Report of the Indian Hemp Drugs Commission, 1894-1895 - Volume VI
Year: 1894
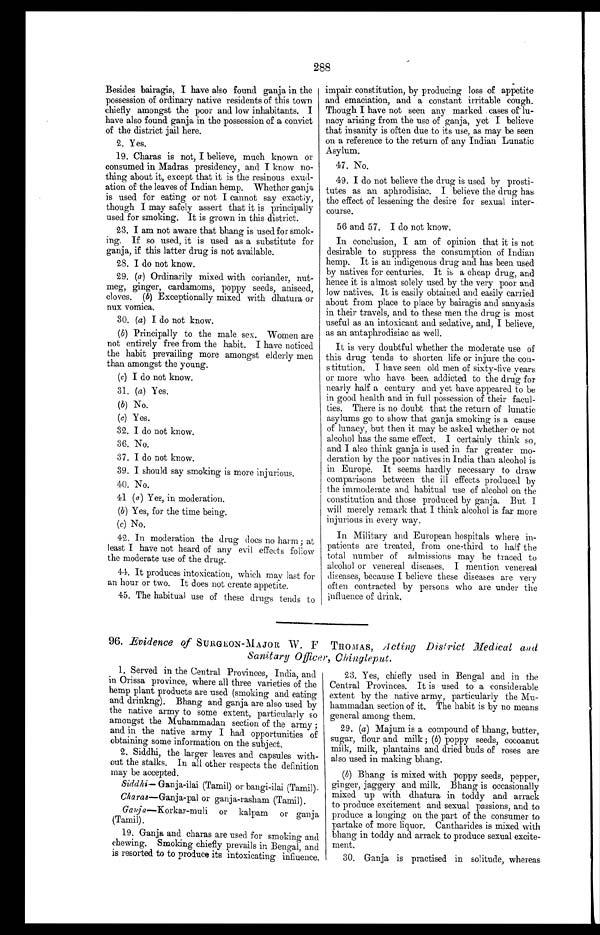
288
Besides bairagis, I have also found ganja in the
possession of ordinary native residents of this town
chiefly amongst the poor and low inhabitants. I
have also found ganja in the possession of a convict
of the district jail here.
2. Yes.
19. Charas is not, I believe, much known or
consumed in Madras presidency, and I know no
-thing about it, except that it is the resinous exud
-ation of the leaves of Indian hemp. Whether ganja
is used for eating or not I cannot say exactly,
though I may safely assert that it is principally
used for smoking. It is grown in this district.
23. I am not aware that bhang is used for smok
-ing. If so used, it is used as a substitute for
ganja, if this latter drug is not available.
28. I do not know.
29. (a ) Ordinarily mixed with coriander, nut
-meg, ginger, cardamoms, poppy seeds, aniseed,
cloves. ( b) Exceptionally mixed with dhatura or
nux vomica.
30. ( a) I do not know.
(b) Principally to the male sex. Women are
not entirely free from the habit. I have noticed
the habit prevailing more amongst elderly men
than amongst the young.
(c) I do not know.
31. (a) Yes.
( b ) No.
(c) Yes.
32. I do not know.
36. No.
37. I do not know.
39. I should say smoking is more injurious.
40. No.
41 ( a ) Yes, in moderation.
( b )
Yes, for the time being.
( c) No.
42. In moderation the drug does no harm; at
least I have not heard of any evil effects follow
the moderate use of the drug.
44. It produces intoxication, which may last for
an hour or two. It does not create appetite.
45. The habitual use of these drugs tends to impair. constitution, by producing loss of appetite
and emaciation, and a constant irritable cough.
Though I have not seen any marked cases of lu
-nacy arising from the use of ganja, yet I believe
that insanity is often due to its use, as may be seen
on a reference to the return of any Indian Lunatic
Asylum.
47. No.
49. I do not believe the drug is used by prosti
-tutes as an aphrodisiac. I believe the drug has
the effect of lessening the desire for sexual inter
-course.
56 and 57. I do not know.
In conclusion, I am of opinion that it is not
desirable to suppress the consumption of Indian
hemp. It is an indigenous drug and has been used
by natives for centuries. It is a cheap drug, and
hence it is almost solely used by the very poor and
low natives. It is easily obtained and easily carried
about from place to place by bairagis and sanyasis
in their travels, and to these men the drug is most
useful as an intoxicant and sedative, and, I believe,
as an antaphrodisiac as well.
It is very doubtful whether the moderate use of
this drug tends to shorten life or injure the co
n-stitution. I have seen old men of sixty-five years
or more who have been addicted to the drug for
nearly half a century and yet have appeared to be
in good health and in full possession of their facul
-ties. There is no doubt that the return of lunatic
asylums go to show that ganja smoking is a cause
of lunacy, but then it may be asked whether or not
alcohol has the same effect. I certainly think so,
and I also think ganja is used in far greater mo
-deration by the poor natives in India than alcohol is
in. Europe. It seems hardly necessary to draw
comparisons between the ill effects produced by
the immoderate and habitual use of alcohol on the
constitution and those produced by ganja. But I
will merely remark that I think alcohol is far more
injurious in every way.
In Military and European hospitals where in
-patients are treated, from one-third to half the
total number of admissions may be traced to
alcohol or venereal diseases. I mention venereal
diseases, because I believe these diseases are very
often contracted by persons who are under the
influence of drink.
96. Evidence of SURGEON-MAJOR W. F THOMAS, Acting District Medical and
Sanitary Officer, Chingleput.
1. Served in the Central Provinces, India, and
in Orissa province, where all three varieties of the
hemp plant products are used (smoking and eating
a nd dr i nki ng) . Bha ng a nd ga nj a a r e a l s o us e d by
the native army to some extent, particularly so
amongst the Muhammadan section of the army;
and in the native army I had opportunities of
obtaining some information on the subject.
2. Siddhi, the larger leaves and capsules with
- o u t t h e s t a l k s . I n a l l o t h e r r e s p e c t s t h e d e f i n i t i o n
may be accepted.
S i d d h i —
G a n j a - i l a i ( T a m i l ) o r b a n g i - i l a i ( T a m i l ) .
Charas—Ganja-pal or ganja-rasham (Tamil).
Ganja— Korkar-muli or kalpam or ganja
(Tamil).
19. Ganja and charas are used for smoking and
chewing. Smoking chiefly prevails in Bengal, and
is resorted to to produce its intoxicating influence.
23. Yes, chiefly used in Bengal and in the
Central Provinces. It is used to a considerable
extent by the native army, particularly the Mu
- h a m m a d a n s e c t i o n o f i t . T h e h a b i t i s b yn
o
m e a n s
general among them.
29. (a) Majum is a compound of bhang, butter,
sugar, flour and milk; (b) poppy seeds, cocoanut
milk, milk, plantains and dried buds of roses are
also used in making bhang.
(b) Bhang is mixed with poppy seeds, pepper,
ginger, jaggery and milk. Bhang is occasionally
mixed up with dhatura in toddy and arrack
to produce excitement and sexual passions, and to
produce a longing on the part of the consumer to
partake of more liquor. Cantharides is mixed with
bhang in toddy and arrack to produce sexual excite
-ment.
30. Ganja is practised in solitude, whereas